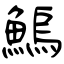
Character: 鰞